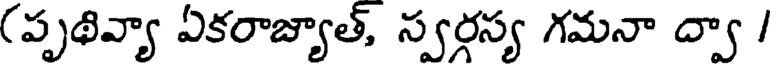
(పృథివ్యా ఏకరాజ్యాత్, స్వర్గస్య గమనా ద్వా /